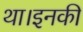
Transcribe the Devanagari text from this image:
था।इनकी